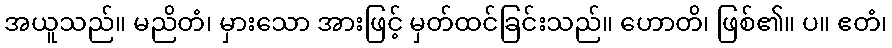
အယူသည်။ မညိတံ၊ မှားသော အားဖြင့် မှတ်ထင်ခြင်းသည်။ ဟောတိ၊ ဖြစ်၏။ ပ။ ဧတံ၊